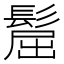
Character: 𩭪